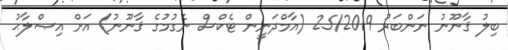
ބިލު ޤާނޫނު ނަންބަރު 25/2019 (އާމްދަނީން ޓެކްސް ނެގުމުގެ ޤާނޫނު) އަށް އިޞްލާޙު